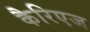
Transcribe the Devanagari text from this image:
कैरिएज